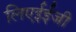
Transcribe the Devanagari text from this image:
लिएईईजी